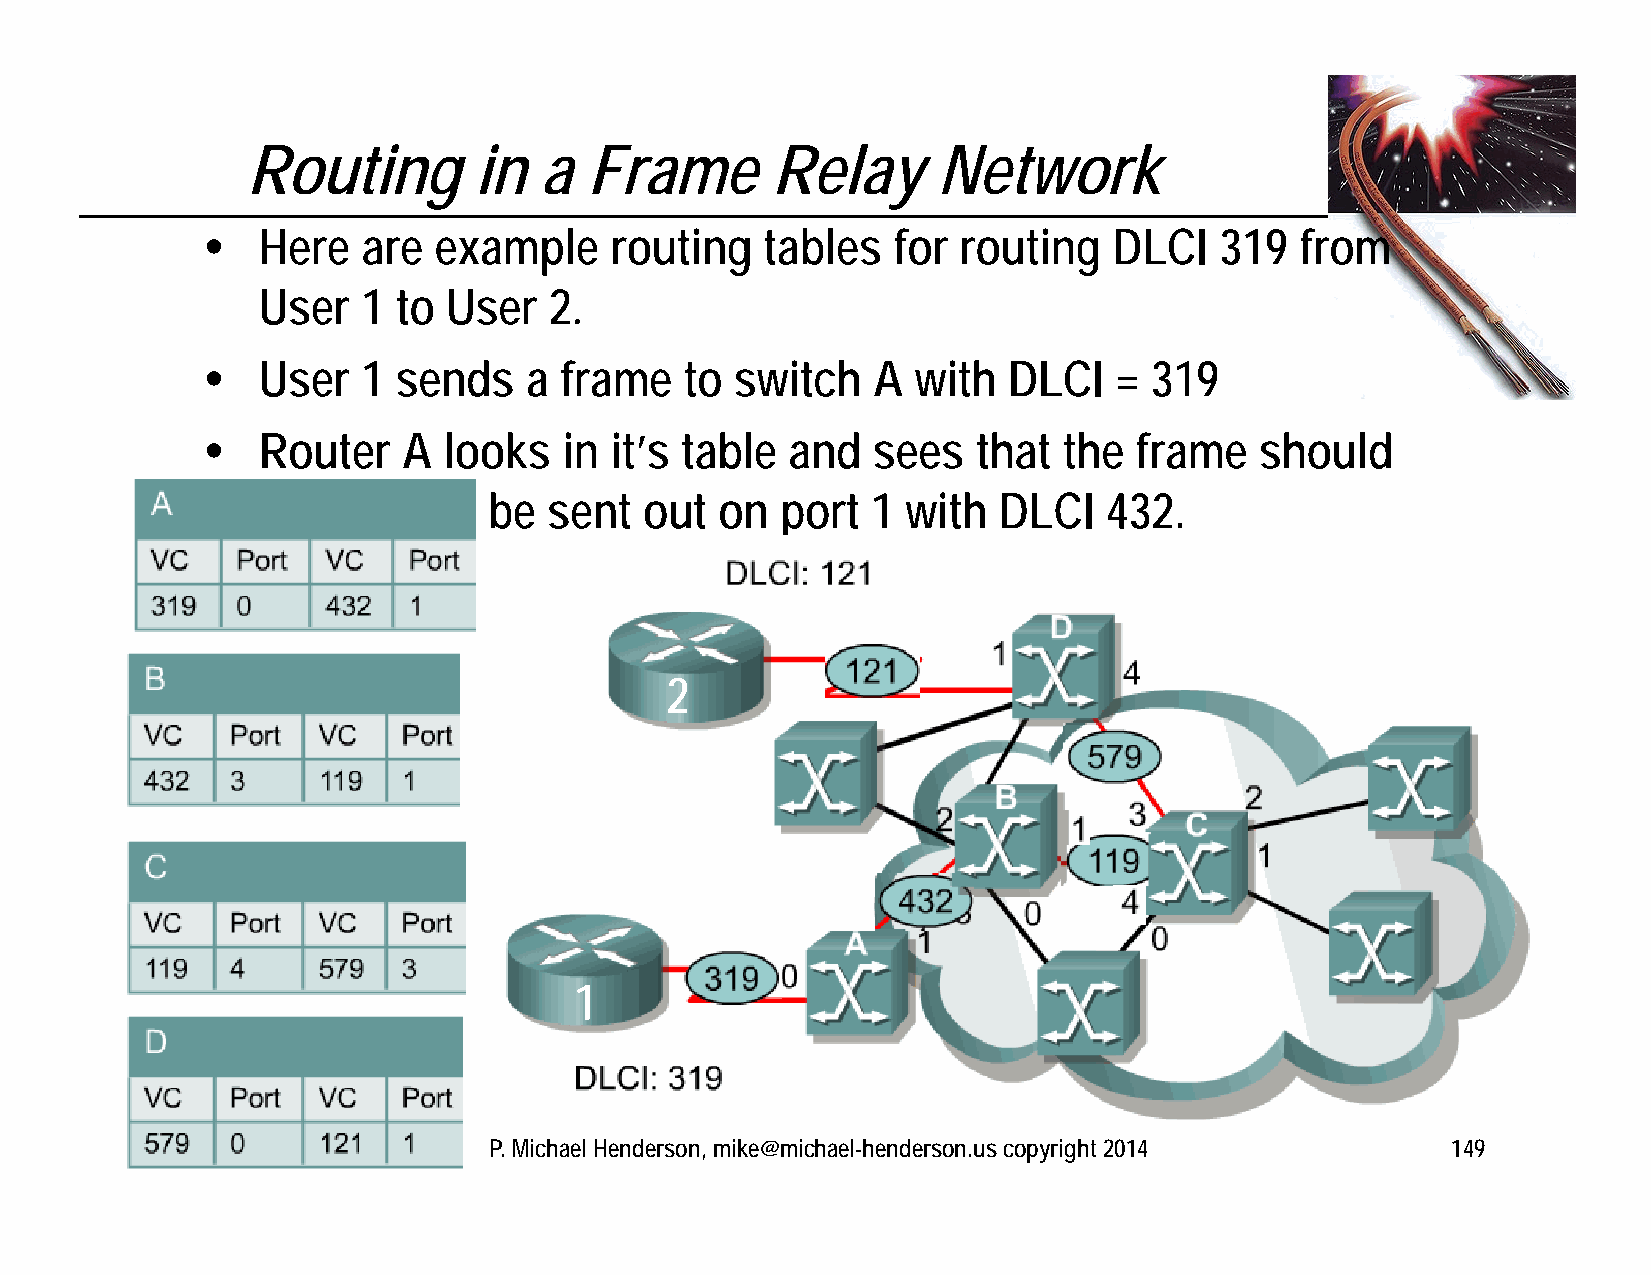
Routing        in   a  Frame       Relay      Network
    Here   are  example    routing    tables  for  routing   DLCI   319  from
 User   1 to  User  2.
    User   1 sends    a frame   to  switch   A  with  DLCI   = 319
    Router    A looks   in it’s table  and   sees   that the  frame   should
 be  sent   out  on  port  1 with  DLCI   432.
 2
 1
 9/7/2014             P. Michael Henderson, mike@michael-henderson.us copyright 2014  149